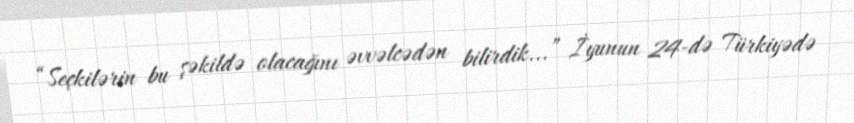
“Seçkilərin bu şəkildə olacağını əvvəlcədən bilirdik...” İyunun 24-də Türkiyədə